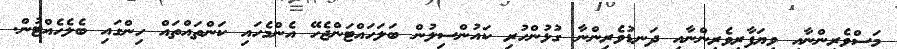
މަސްވެރިންނާއި ވިޔަފާރިވެރިންނާއި ދަނޑުވެރިންނާ ގުޅުންހުރި ކައުންސިލުން ބަލަހައްޓަންޖެހޭ އެންމެހައި ކަންތައްތައް ހިންގައި ބެލެހެއްޓުން.